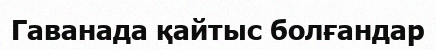
Гаванада қайтыс болғандар